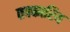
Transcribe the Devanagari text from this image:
तक्कारिय